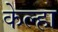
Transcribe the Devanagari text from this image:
केल्हा